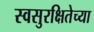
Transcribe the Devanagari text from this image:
स्वसुरक्षितेच्या